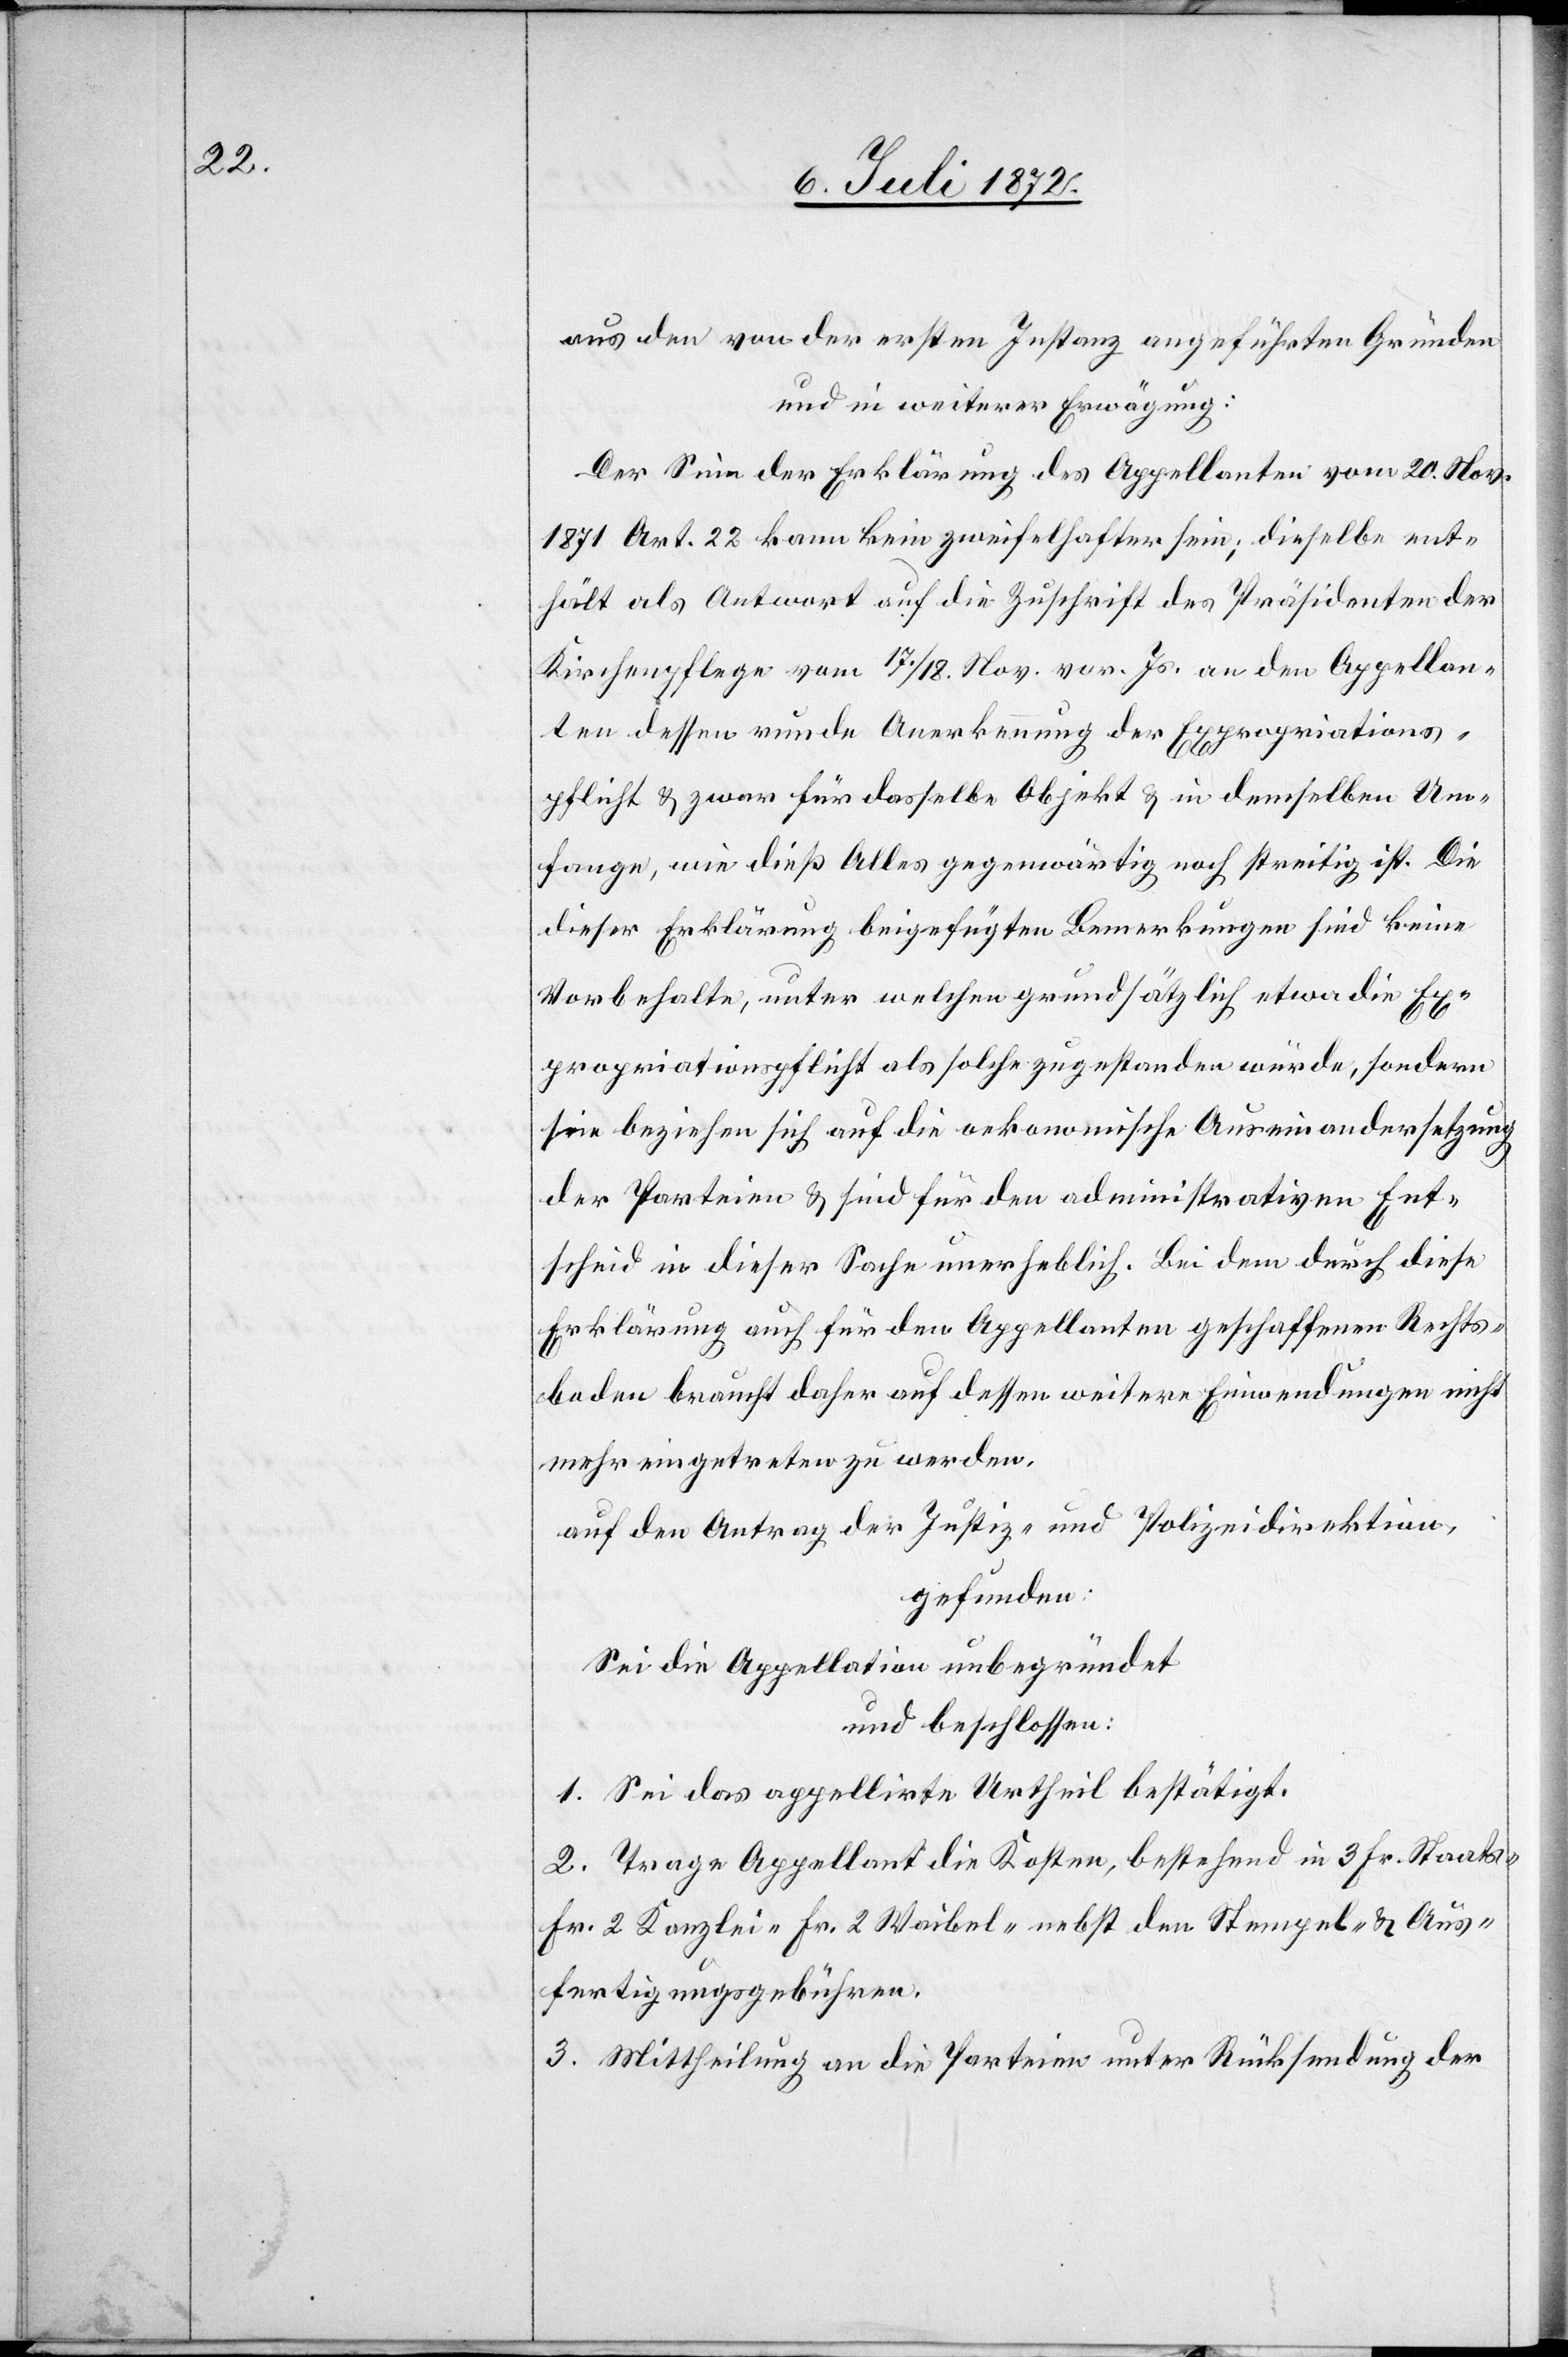
aus den von der ersten Instanz angeführten Gründen
und in weiterer Erwägung:
Der Sinn der Erklärung des Appellanten vom 20. Nov.
1871 Art. 22 kann kein zweifelhafter sein; dieselbe ent¬
hält als Antwort auf die Zuschrift des Präsidenten der
Kirchenpflege vom 17./18. Nov. vor. Js. an den Appellan¬
ten dessen runde Anerkennung der Expropriations¬
pflicht u. zwar für dasselbe Objekt u. in demselben Um¬
fange, wie dieß Alles gegenwärtig noch streitig ist. Die
dieser Erklärung beigefügten Bemerkungen sind keine
Vorbehalte, unter welchen grundsätzlich etwa die Ex¬
propriationspflicht als solche zugestanden würde, sondern
sie beziehen sich auf die oekonomische Auseinandersetzung
der Parteien u. sind für den administrativen Ent¬
scheid in dieser Sache unerheblich. Bei dem durch diese
Erklärung auch für den Appellanten geschaffenen Rechts¬
boden braucht daher auf dessen weitere Einwendungen nicht
mehr eingetreten zu werden.
auf den Antrag der Justiz- u. Polizeidirektion,
gefunden:
Sei die Appellation unbegründet
und beschlossen:
1. Sei das appellirte Urtheil bestätigt.
2. Trage Appellant die Kosten, bestehend in 3 Fr. Staats-[,]
Fr. 2 Kanzlei-[,] Fr. 2 Waibel-[,] nebst den Stempel- u. Aus¬
fertigungsgebühren.
3. Mittheilung an die Parteien unter Rücksendung der